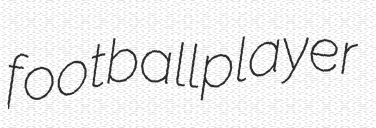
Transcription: football player